Report on lock hospitals in British Burma
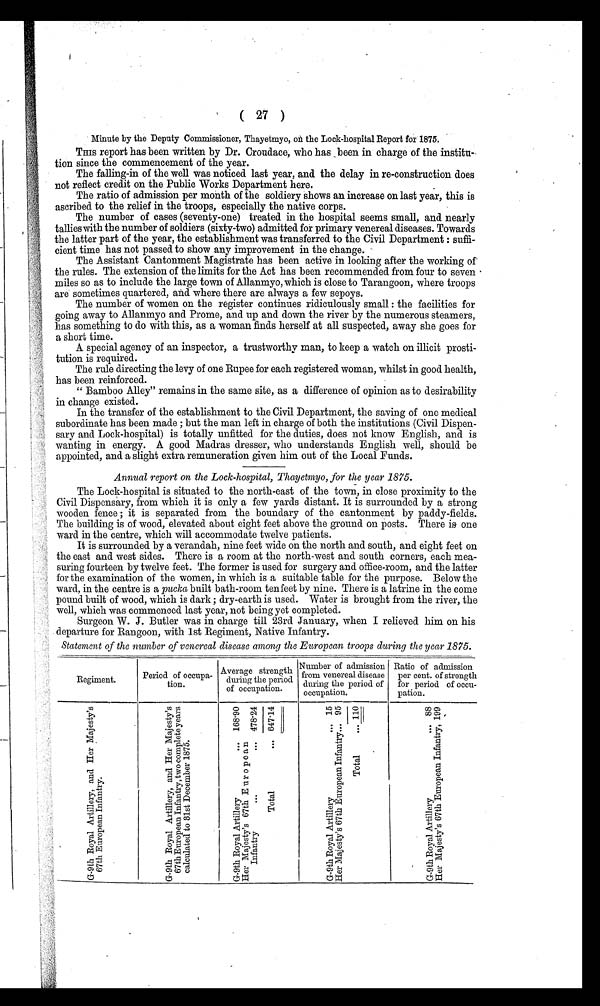
( 27 )
Minute by the Deputy Commissioner, Thayetmyo, on the Lock-hospital Report fore 1875.
This report has been written by Dr. Croudace, who has been in charge of the institu
tion since the commencement of the year.
The falling-in of the well was noticed last year, and the delay in re-construction does
not reflect credit on the Public Works Department here.
The ratio of admission per month of the soldiery shows an increase on last year, this is
ascribed to the relief in the troops, especially the native corps.
The number of cases (seventy-one) treated in the hospital seems small, and nearly
tallies with the number of soldiers (sixty-two) admitted for primary venereal diseases. Towards
the latter part of the year, the establishment was transferred to the Civil Department : suffi-
- c i e n t t i m e h a s n o t p a s s e d t o s h o w a n y i m p r o v e m e n t i n t h e c h a n g e .
The Assistant Cantonment Magistrate has been active in looking after the working of
the rules. The extension of the limits for the Act has been recommended from four to seven
miles so as to include the large town of Allanmyo, which is close to Tarangoon, where troops
are sometimes quartered, and where there are always a few sepoys.
The number of women on the register continues ridiculously small : the facilities for
going away to Allanmyo and Prome, and up and down the river by the numerous steamers,
has something to do with this, as a woman finds herself at all suspected, away she goes for
a short time.
A special agency of an inspector, a trustworthy man, to keep a watch on illicit prosti-
tution is required.
The rule directing the levy of one Rupee for each registered woman, whilst in good health,
has been reinforced.
" Bamboo Alley" remains in the same site, as a difference of opinion as to desirability
in change existed.
In the transfer of the establishment to the Civil Department, the saving of one medical
subordinate has been made ; but the man left in charge of both the institutions (Civil Dispen-
sary and Lock-hospital) is totally unfitted for the duties, does not know English, and is
wanting in energy. A good Madras dresser, who understands English well, should be
appointed, and a slight extra remuneration given him out of the Local Funds.
Annual report on the Lock-hospital, Thayetmyo, for the year 1875.
The Lock-hospital is situated to the north-east of the town, in close proximity to the
Civil Dispensary, from which it is only a few yards distant. It is surrounded by a strong
wooden fence ; it is separated from the boundary of the cantonment by paddy-fields.
The building is of wood, elevated about eight feet above the ground on posts. There is one
ward in the centre, which will accommodate twelve patients.
It is surrounded by a verandah, nine feet wide on the north and south, and eight feet on
the east and west sides. There is a room at the north-west and south corners, each mea-
suring fourteen by twelve feet. The former is used for surgery and office-room, and the latter
for the examination of the women, in which is a suitable table for the purpose. Below the
ward, in the centre is a pucka built bath-room tenfeet by nine. There is a latrine in the come
pound built of wood, which is dark ; dry-earth is used. Water is brought from the river, the
well, which was commenced last year, not being yet completed.
Surgeon W. J. Butler was in charge till 23rd January, when I relieved him on his
departure for Rangoon, with 1st Regiment, Native Infantry.
Statement of the number of venereal disease among the European troops during the year 1875.
Regiment.
Period of occupa
tion.
Aver age st r engt h dur i ng t he per i od of occupat i on. Number of admission
from venereal disease
during the period of
occupation.
Ratio of admission
per cent. of strength
for period of occu-
pation.
G - 9 t h R o y a l A r t i l l e r y , a n d H e r M a j e s t y ' s 6 7 t h E u r o p e a n I n f a n t r y .
G - 9 t h R o y a l A r t i l l e r y , a n d H e r M a j e s t y ' s 6 7 t h E u r o p e a n I n f a n t r y , t w o c o m p l e t e y e a r s c a l c u l a t e d t o 3 1 s t D e c e m b e r 1 8 7 5 .
1 6 8 . 9 0
4 7 8 . 2 4 6 4 7 . 1 4
1 5
9 5
1 1 0
8 8
1 9 9
G - 9 t h R o y a l A r t i l l e r y
H e r M a j e s t y ' s 6 7 t h E u r o p e a n I n f a n t r y . T o t a l
G - 9 t h R o y a l A r t i l l e r y
H e r M a j e s t y ' s 6 7 t h E u r o p e a n I n f a n t r y ,
G - 9 t h R o y a l A r t i l l e r y . . .
H e r M a j e s t y ' s 6 7 t h E u r o p e a n I n f a n t r y .
T o t a l